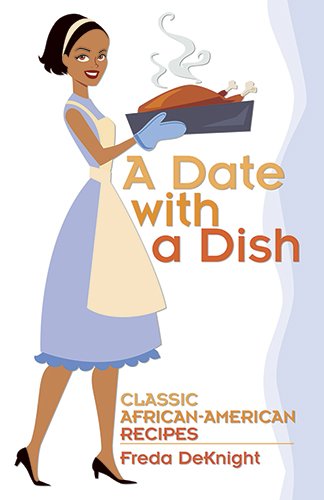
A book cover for A Date with a Dish: Classic African-American Recipes; Freda DeKnight; Cookbooks, Food & Wine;